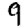
Digit: 9